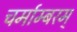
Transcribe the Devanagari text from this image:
चर्माम्बरम्